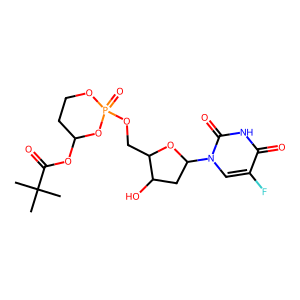
SMILES: CC(C)(C)C(=O)OC1CCOP(=O)(OCC2OC(n3cc(F)c(=O)[nH]c3=O)CC2O)O1
Inhibits HIV replication: No